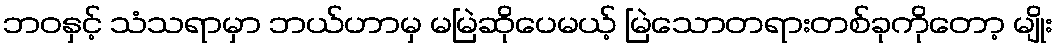
ဘဝနှင့် သံသရာမှာ ဘယ်ဟာမှ မမြဲဆိုပေမယ့် မြဲသောတရားတစ်ခုကိုတော့ မျိုး